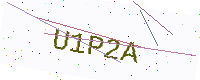
Text: U1P2A